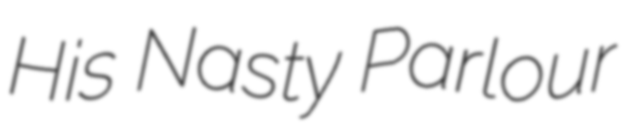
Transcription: His Nasty Parlour